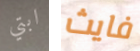
ابتي فايث